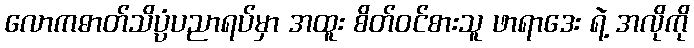
လောကဓာတ်သိပ္ပံပညာရပ်မှာ အထူး စိတ်ဝင်စားသူ ဖာရာဒေး ရဲ့ အလိုကို